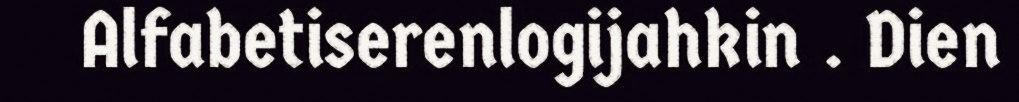
Alfabetiserenlogijahkin . Dien